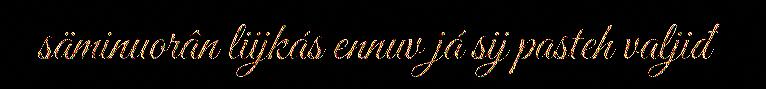
säminuorân liijkás ennuv já sij pasteh valjiđ